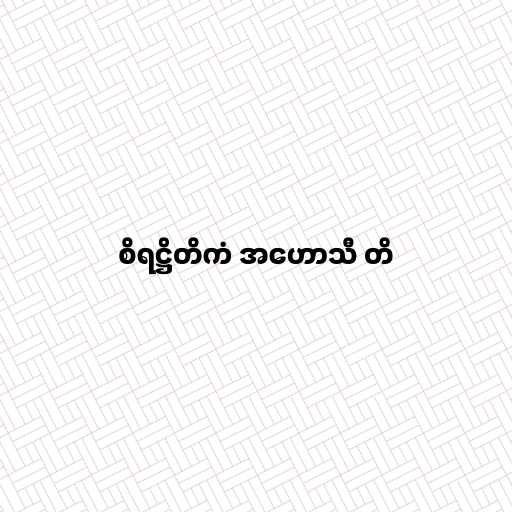
စိရဋ္ဌိတိကံ အဟောသီ တိ